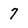
Character: 7